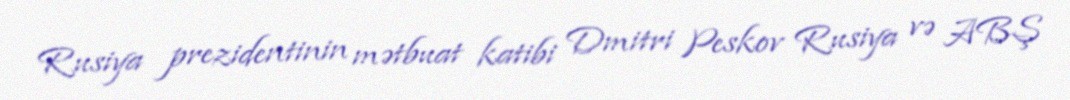
Rusiya prezidentinin mətbuat katibi Dmitri Peskov Rusiya və ABŞ